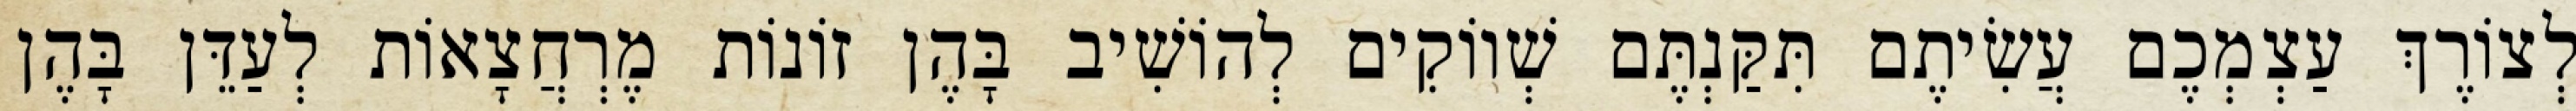
לְצוֹרֶךְ עַצְמְכֶם עֲשִׂיתֶם תִּקַּנְתֶּם שְׁווֹקִים לְהוֹשִׁיב בָּהֶן זוֹנוֹת מֶרְחֲצָאוֹת לְעַדֵּן בָּהֶן